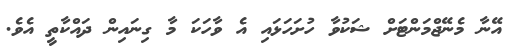
އޭނާ މެނޭޖްމަންޓަށް ޝަކުވާ ހުށަހަޅައި އެ ވާހަކަ މާ ގިނައިން ދައްކާތީ އެވެ.